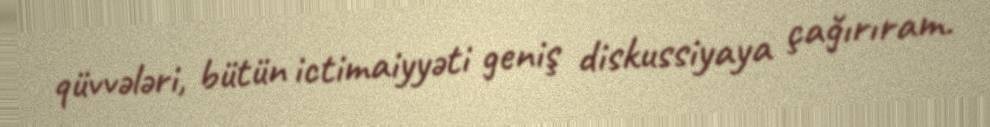
qüvvələri, bütün ictimaiyyəti geniş diskussiyaya çağırıram.